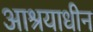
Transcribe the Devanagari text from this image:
आश्रयाधीन